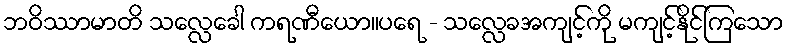
ဘဝိဿာမာတိ သလ္လေခေါ ကရဏီယော။ပရေ - သလ္လေခအကျင့်ကို မကျင့်နိုင်ကြသော